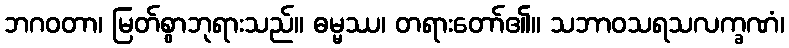
ဘဂဝတာ၊ မြတ်စွာဘုရားသည်။ ဓမ္မဿ၊ တရားတော်၏။ သဘာဝသရသလက္ခဏံ၊